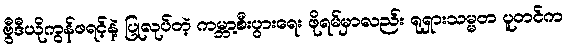
ဗွီဒီယိုကွန်ဖရင့်နဲ့ ပြုလုပ်တဲ့ ကမ္ဘာ့စီးပွားရေး ဖိုရမ်မှာလည်း ရုရှားသမ္မတ ပူတင်က